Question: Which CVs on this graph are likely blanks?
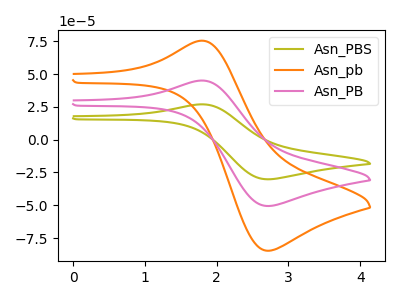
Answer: <think>The olive curve "Asn_PBS" has an anodic peak at (1.80V, 90.10uA) and a cathodic peak at (2.70V, -101.20uA). The orange curve "Asn_pb" has an anodic peak at (1.80V, 75.40uA) and a cathodic peak at (2.70V, -84.70uA). The pink curve "Asn_PB" has an anodic peak at (1.80V, 45.05uA) and a cathodic peak at (2.70V, -50.60uA).</think>
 <answer>There are not any CV's on this graph that are likely to be blanks.</answer>
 <eval>none</eval>